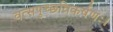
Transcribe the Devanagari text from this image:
वत्सपुच्छविकर्षणः।